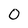
Character: 0